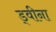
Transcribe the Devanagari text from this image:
ड्वीना